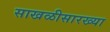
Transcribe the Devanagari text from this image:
साखळीसारख्या